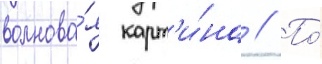
волнова́я карт'и́на // По́